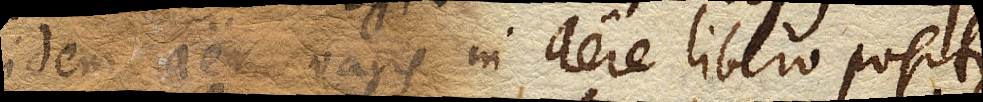
idem aer vasis in aere libero positus